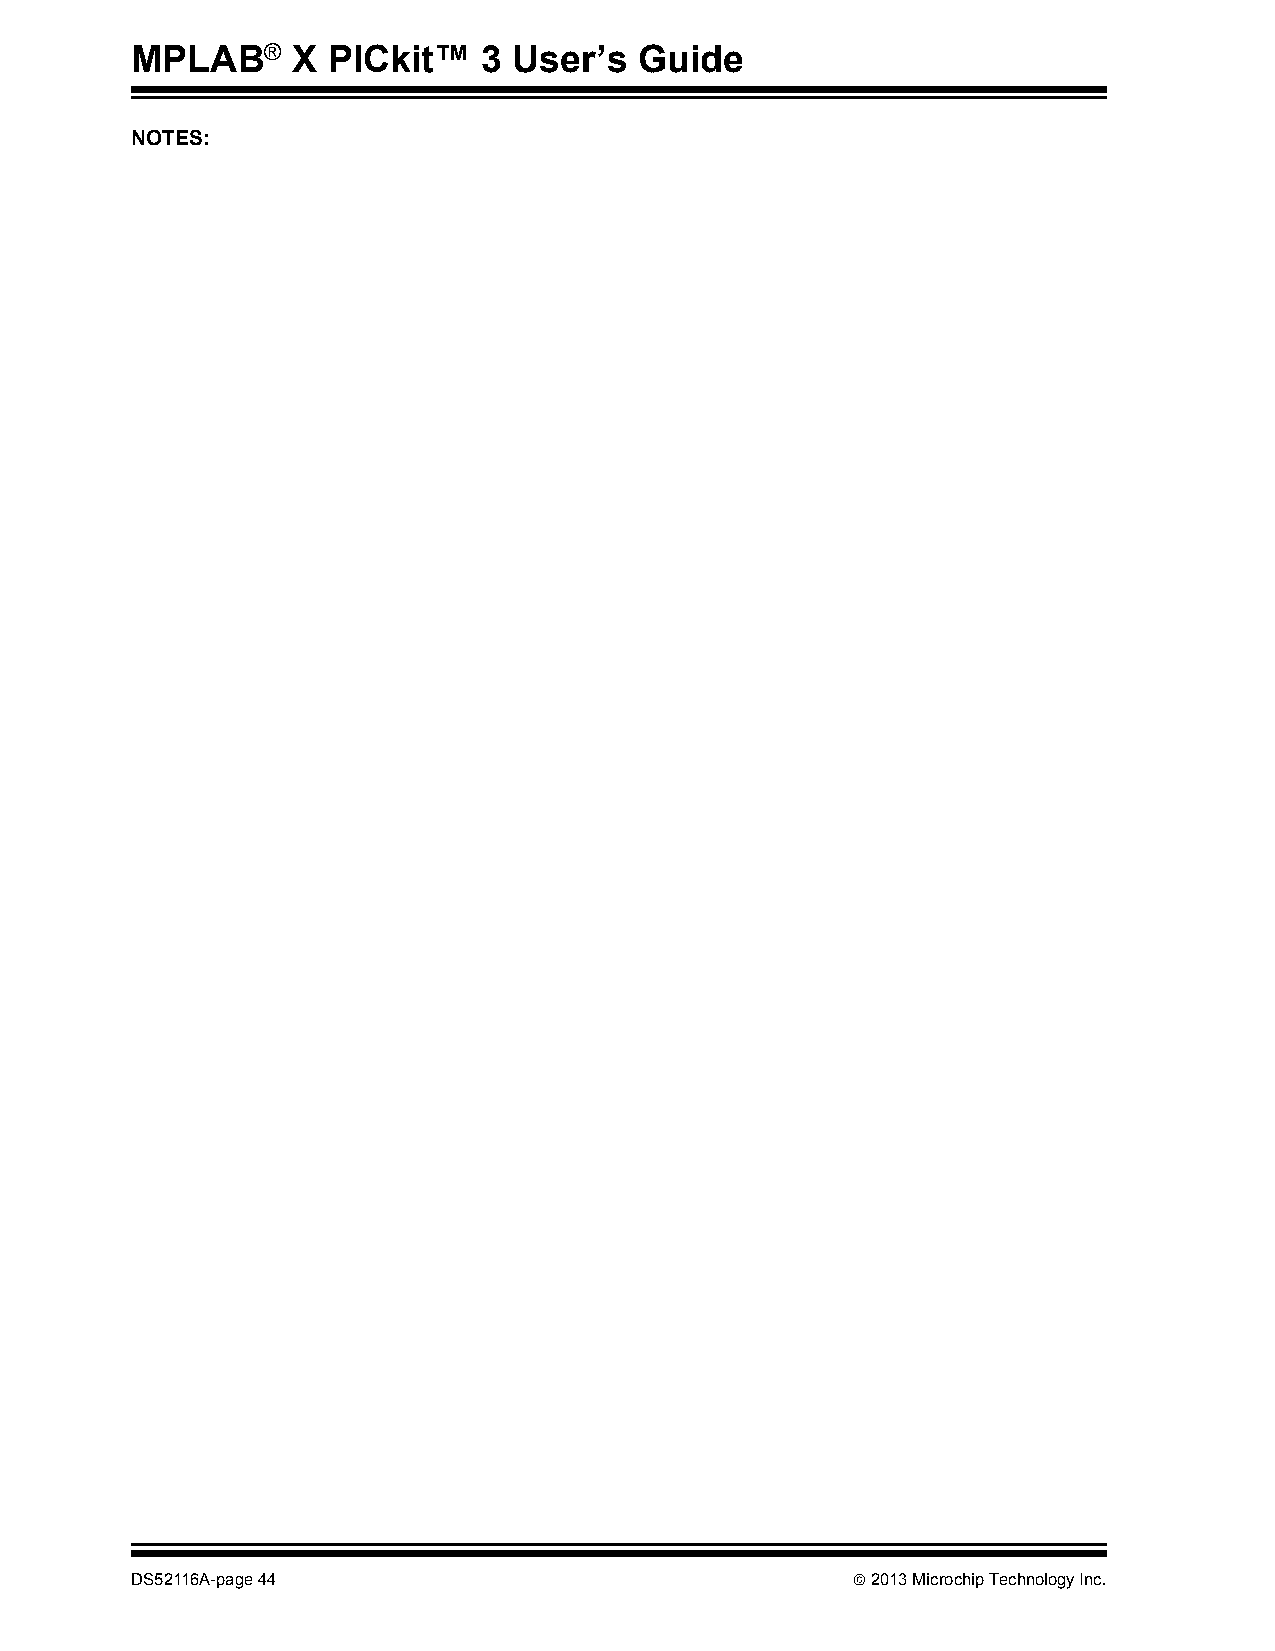
MPLAB®    X  PICkit™   3 User’s  Guide
 NOTES:
 DS52116A-page 44                                2013 Microchip Technology Inc.